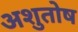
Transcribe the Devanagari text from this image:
अशुतोष